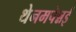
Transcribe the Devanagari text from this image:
थेनमपेन्नई